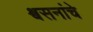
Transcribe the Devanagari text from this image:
श्वसनांचे